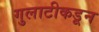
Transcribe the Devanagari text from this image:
गुलाटीकडून